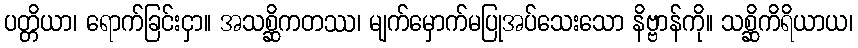
ပတ္တိယာ၊ ရောက်ခြင်းငှာ။ အသစ္ဆိကတဿ၊ မျက်မှောက်မပြုအပ်သေးသော နိဗ္ဗာန်ကို။ သစ္ဆိကိရိယာယ၊